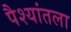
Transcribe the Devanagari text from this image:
पैश्‍यांतला